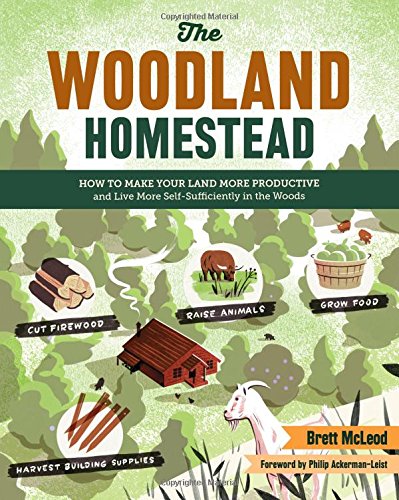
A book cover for The Woodland Homestead: How to Make Your Land More Productive and Live More Self-Sufficiently in the Woods; Brett McLeod; Crafts, Hobbies & Home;